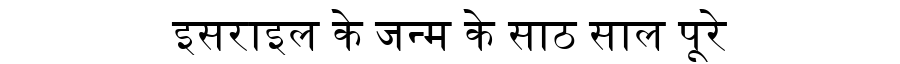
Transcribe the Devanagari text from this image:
इसराइल के जन्म के साठ साल पूरे